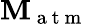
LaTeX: \mathbf{M}_{\mathrm{{~a~t~m~}}}